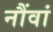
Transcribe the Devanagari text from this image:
नौंवां